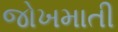
જોખમાતી